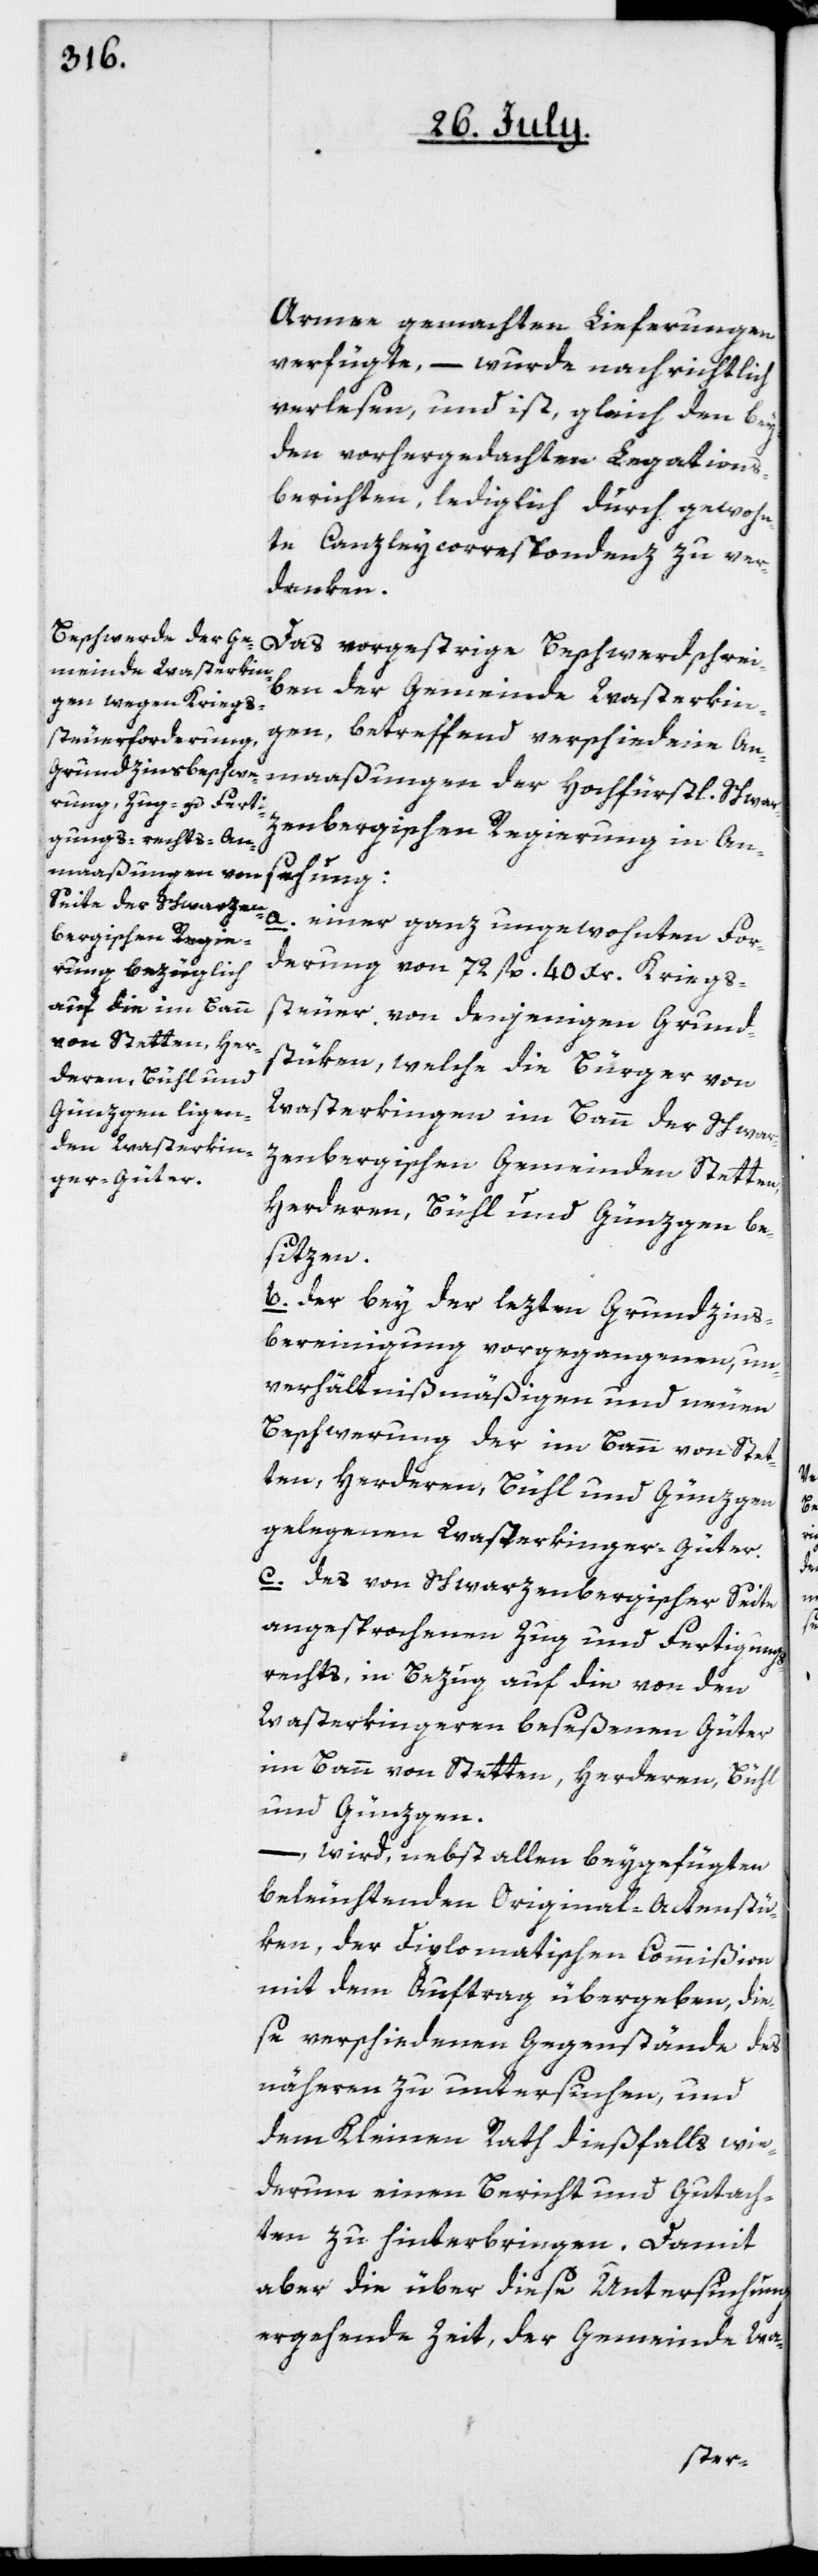
Armee gemachten Lieferungen
verfügte, – wurde nachrichtlich
verlesen, und ist, gleich den bey¬
den vorhergedachten Legations¬
berichten, lediglich durch gewohn¬
te Canzleycorrespondenz zu ver¬
danken.
Das vorgestrige Beschwerdschrei¬
ben der Gemeinde Wasterkin¬
gen, betreffend verschiedene An¬
maaßungen der Hochfürstl. schwar¬
zenbergischen Regierung in An¬
sehung:
a. einer ganz ungewohnten For¬
derung von 72 fl. 40 Kr. Kriegs¬
steuer von denjenigen Grund¬
stüken, welche die Bürger von
Wasterkingen im Bann der Schwar¬
zenbergischen Gemeinden Stet¬
besitzen.
b. der bey der lezten Grundzins¬
bereinigung vorgegangenen, un¬
verhältnißmäßigen und neuen
Beschwerung der im Bann von Stet¬
ten, Herderen, Bühl und Günzgen
gelegenen Wasterkinger-Güter.
c. das von Schwarzenbergischer Seite
angesprochenen Zug[-] und Fertigungs¬
rechts, in Bezug auf die von den
Wasterkingeren beseßenen Güter
im Bann von Stetten, Herderen, Bühl
und Günzgen,
– wird, nebst allen beygefügten
beleuchtenden Original-Actenstü¬
ken, der Diplomatischen Commißion
mit dem Auftrag übergeben, die¬
se verschiedenen Gegenstände des
näheren zu untersuchen, und
dem Kleinen Rath dießfalls wie¬
derum einen Bericht und Gutach¬
ten zu hinterbringen. Damit
aber die über diese Untersuchung
ergehende Zeit, der Gemeinde Wa-